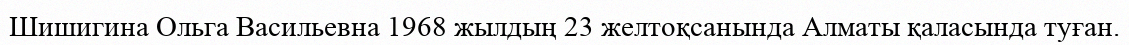
Шишигина Ольга Васильевна 1968 жылдың 23 желтоқсанында Алматы қаласында туған.